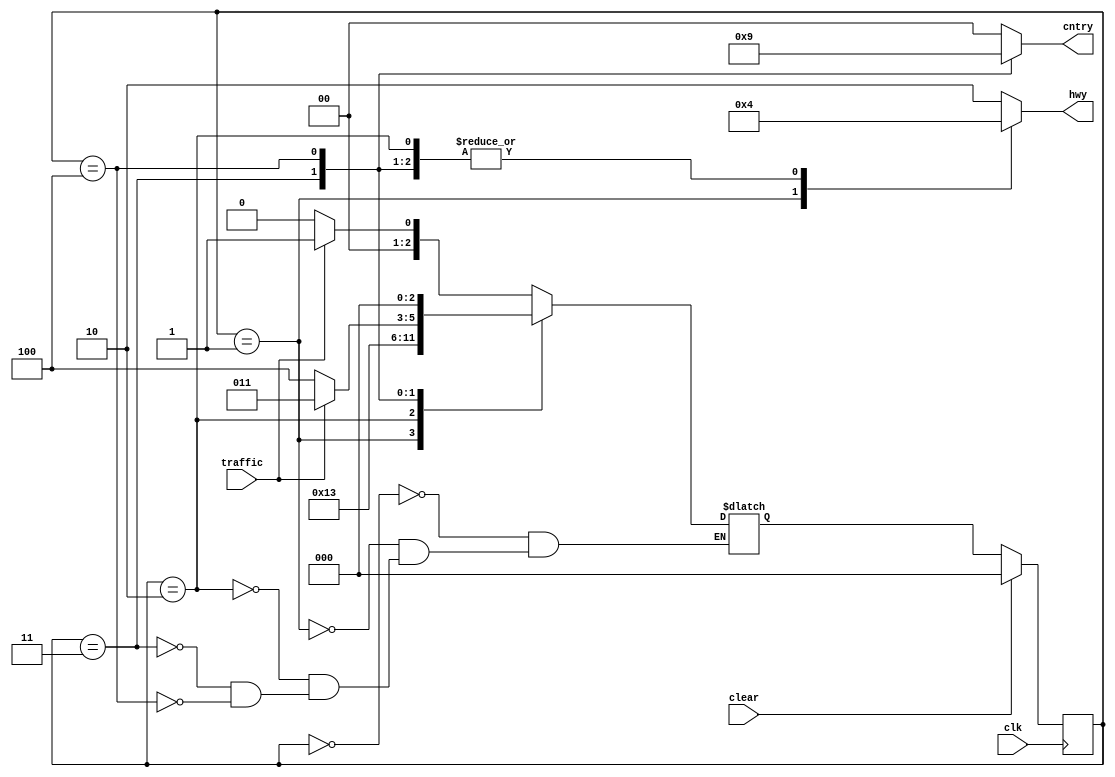
module Traffic_Light_Controller (
    input traffic,// traffic is the output from sensor on Country Road
    input clk,
    input clear,
    output reg [1:0] hwy,
    output reg [1:0] cntry,

);
//Status of lights
parameter RED = 2'd0,
          YELLOW = 2'd1,
          GREEN =2'd2;
//State Definition      HWY             CNTRY
parameter S0 = 3'd0,// GREEN             RED
          S1 = 3'd1,// YELLOW            RED
          S2 = 3'd2,// RED               RED
          S3 = 3'd3,// RED               GREEN
          S4 = 3'd4;// RED               YELLOW

reg [2:0] state;
reg [2:0] next_state;

always @(posedge clk) //State change at positive edge of the clock
begin
  if(clear)
    state<=S0;
  else
    state<=next_state;     
end
// Computing value of Highway signal and Country signal
always@(state)
begin
 case (state)
    S0 : begin
        hwy<=GREEN;
        cntry<=RED;
         end
    S1 : begin
        hwy<=YELLOW;
        cntry<=RED;
         end
    S2 : begin
        hwy<=RED;
        cntry<=RED;
         end  
    S3 : begin
        hwy<=RED;
        cntry<=GREEN;
         end
    S4 : begin
        hwy<=RED;
        cntry<=YELLOW;
         end        
    default:  begin
                hwy<=GREEN;
                cntry<=RED;
              end
         
 endcase
end
//State Machine using case assignments
    always@(state or traffic)
begin
    case(state)
     S0: if(traffic)
           next_state <= S1;
         else
           next_state <= S0;
     S1:next_state<=S2;
     S2:next_state<=S3;
     S3:begin
        if(traffic)
        next_state<=S3;
        else
        next_state<=S4;
        end
     S4:next_state<=S0;

     endcase
end  
endmodule